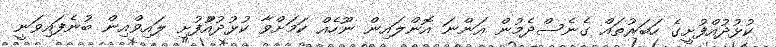
ކުޅުދުއްފުށީގެ ހަބަރުތައް ގެނެސްދެމުން އަންނަ އޮންލައިން ނޫހެއް ކަމަށްވާ ކުޅުދުއްުފުށި ލައިވްއިން ބުނެފައިވަނީ